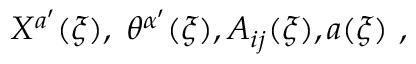
X ^ { a ^ { \prime } } ( \xi ) , \; \theta ^ { \alpha ^ { \prime } } ( \xi ) , A _ { i j } ( \xi ) , a ( \xi ) \ ,